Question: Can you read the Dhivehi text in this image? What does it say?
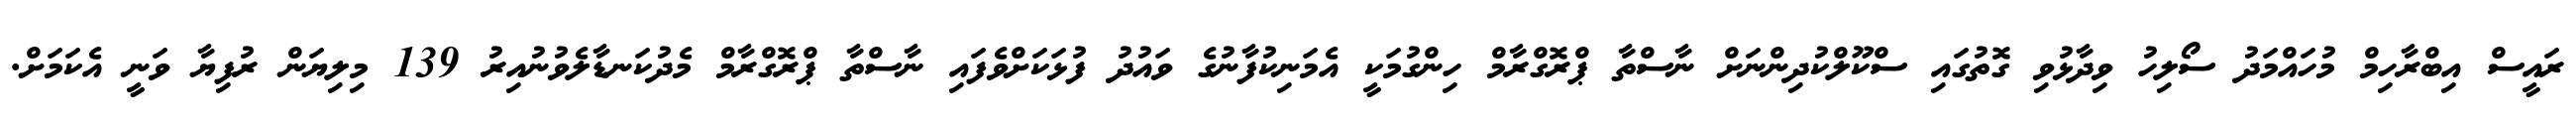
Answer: ރައީސް އިބްރާހިމް މުހައްމަދު ސޯލިހު ވިދާޅުވި ގޮތުގައި ސްކޫލްކުދިންނަށް ނާސްތާ ޕްރޮގްރާމް ހިންގުމަކީ އެމަނިކުފާނުގެ ވައުދު ފުޅަކަށްވެފައި ނާސްތާ ޕްރޮގްރާމް މެދުކަނޑާލެވުނުއިރު 139 މިލިޔަން ރުފިޔާ ވަނީ އެކަމަށް.